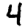
Digit: 4